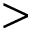
>